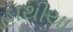
હાથીયા